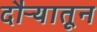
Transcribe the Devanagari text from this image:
दौऱ्यातून